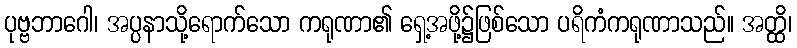
ပုဗ္ဗဘာဂေါ၊ အပ္ပနာသို့ရောက်သော ကရုဏာ၏ ရှေ့အဖို့၌ဖြစ်သော ပရိကံကရုဏာသည်။ အတ္ထိ၊